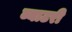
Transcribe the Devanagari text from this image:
ब्याटरी